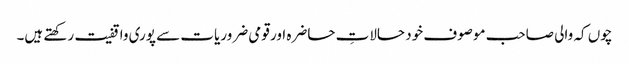
چوں کہ والی صاحب موصوف خود حالاتِ حاضرہ اور قومی ضروریات سے پوری واقفیت رکھتے ہیں۔